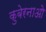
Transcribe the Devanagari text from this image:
कुबेरनाओ